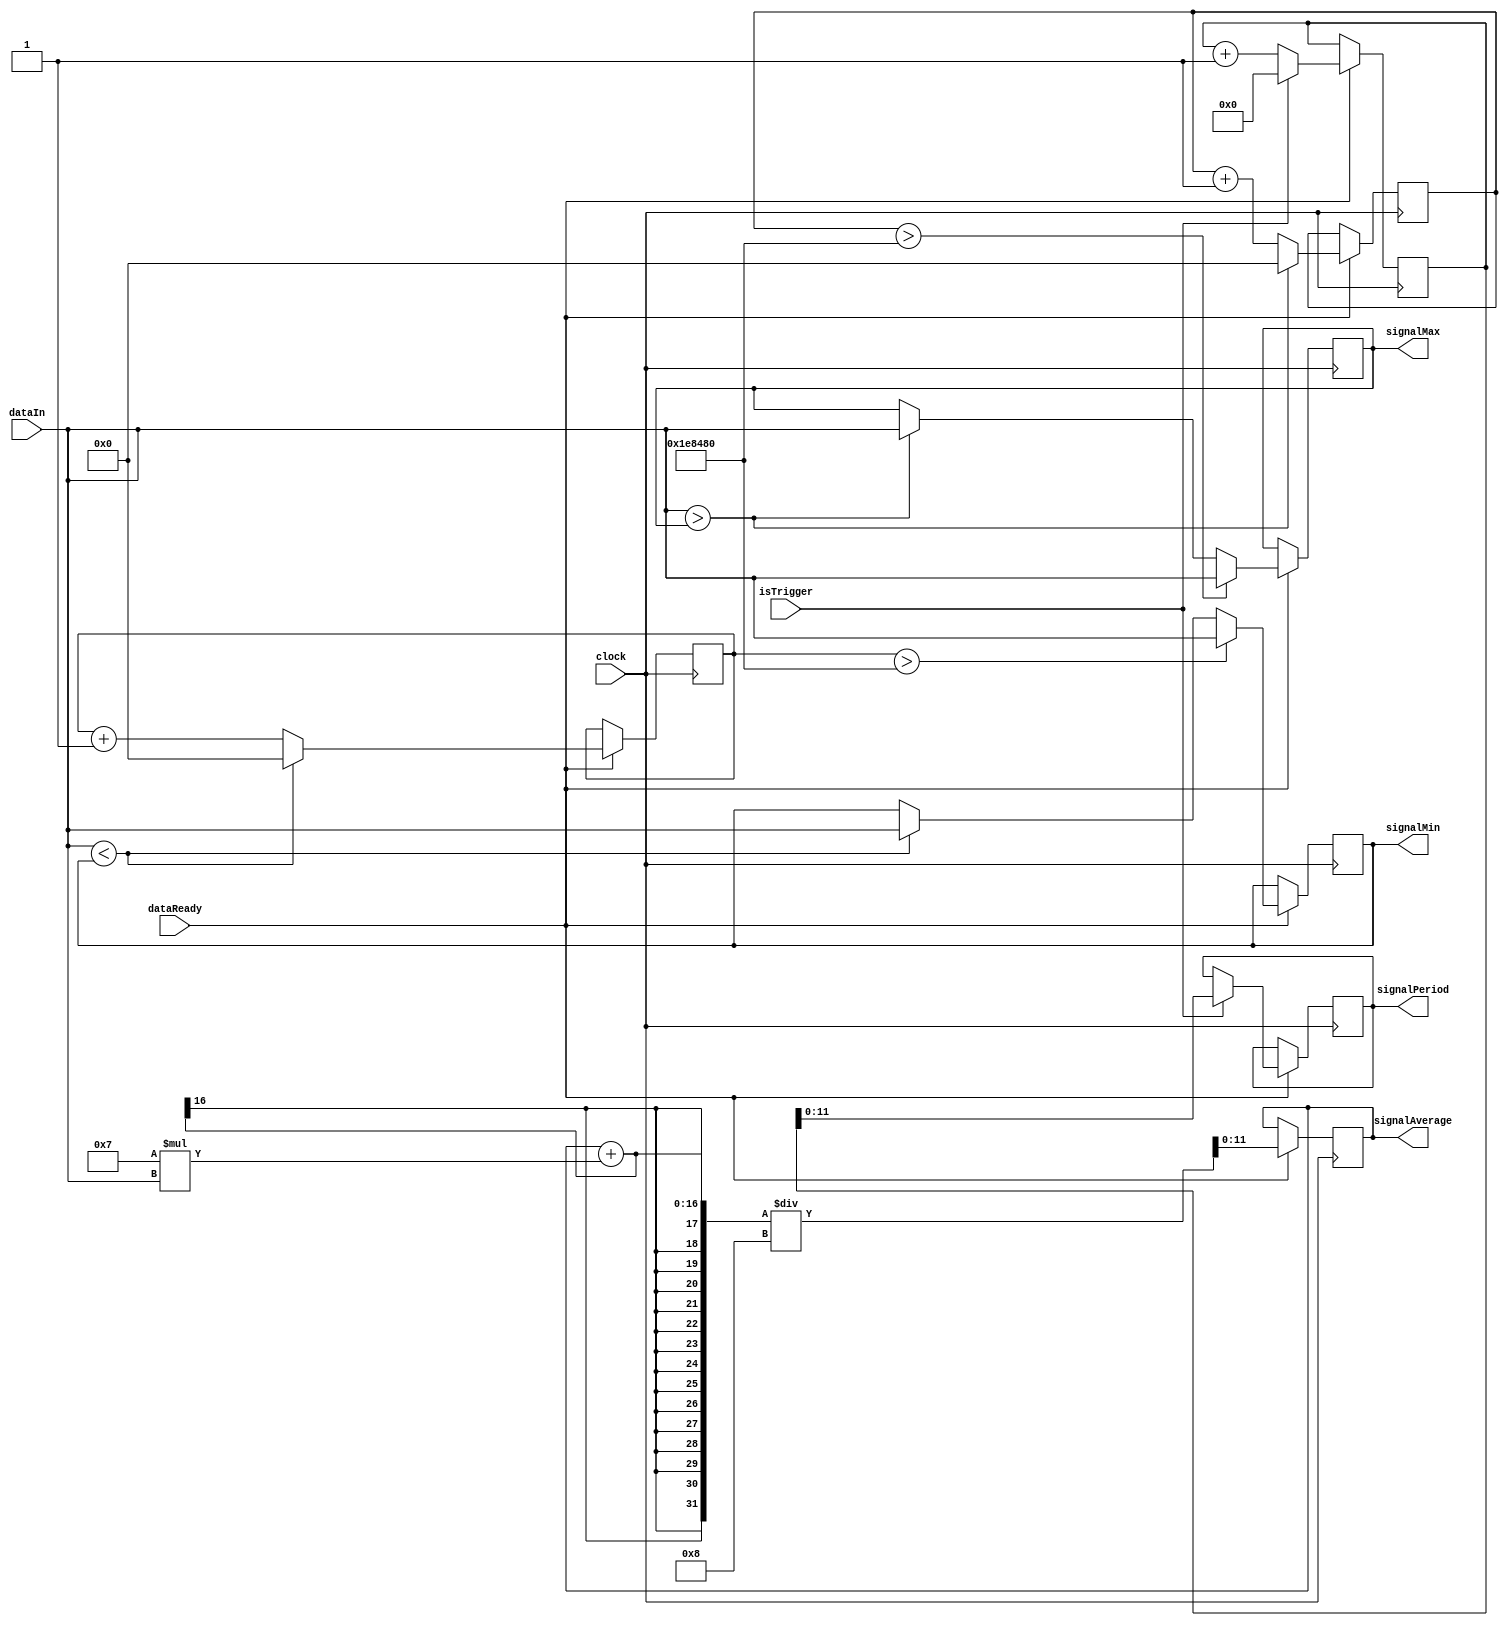
`timescale 1ns / 1ps
module MeasureSignal
    #(parameter DATA_BITS = 12,
      parameter MAX_MIN_RESET_DATA_CYCLES = 2000000)
    (
    input clock,
    input dataReady,
    input signed [DATA_BITS-1:0]dataIn,
    input isTrigger,
    output reg signed [DATA_BITS-1:0] signalMax = -1024, // change this to be bit-dependent
    output reg signed [DATA_BITS-1:0] signalMin = 1024,
    output reg [DATA_BITS-1:0] signalPeriod = 0,
    output reg signed [DATA_BITS-1:0] signalAverage = 0
    );

    reg [25:0] timeSinceMax = 0;
    reg [25:0] timeSinceMin = 0;    
    reg [29:0] triggerClock = 0;
    
    always @(posedge clock) begin
        if (dataReady) begin
            // detect signal maxes and mins
            if (dataIn > signalMax) begin
                signalMax <= dataIn;
                timeSinceMax <= 0;
            end else
                timeSinceMax <= timeSinceMax + 1;
            
            if (dataIn < signalMin) begin
                signalMin <= dataIn;
                timeSinceMin <= 0;
            end else
                timeSinceMin <= timeSinceMin + 1;
            
            // if it's been too long since we saw our last max or min, reset it to whatever we see
            if (timeSinceMin > MAX_MIN_RESET_DATA_CYCLES) begin
                signalMin <= dataIn;
            end
            
            if (timeSinceMax > MAX_MIN_RESET_DATA_CYCLES) begin
                signalMax <= dataIn;
            end
            
            // compute averaged statistics
           
                  
             signalAverage <= (signalAverage + 'sd7 * dataIn)/'sd8;
           
            
            if (isTrigger) begin
                signalPeriod <= triggerClock; //(7 * signalPeriod + triggerClock) / 8;
                triggerClock <= 0;
            end else
                triggerClock <= triggerClock + 1;
        end
    end
endmodule